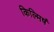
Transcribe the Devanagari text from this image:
किल्मिषं